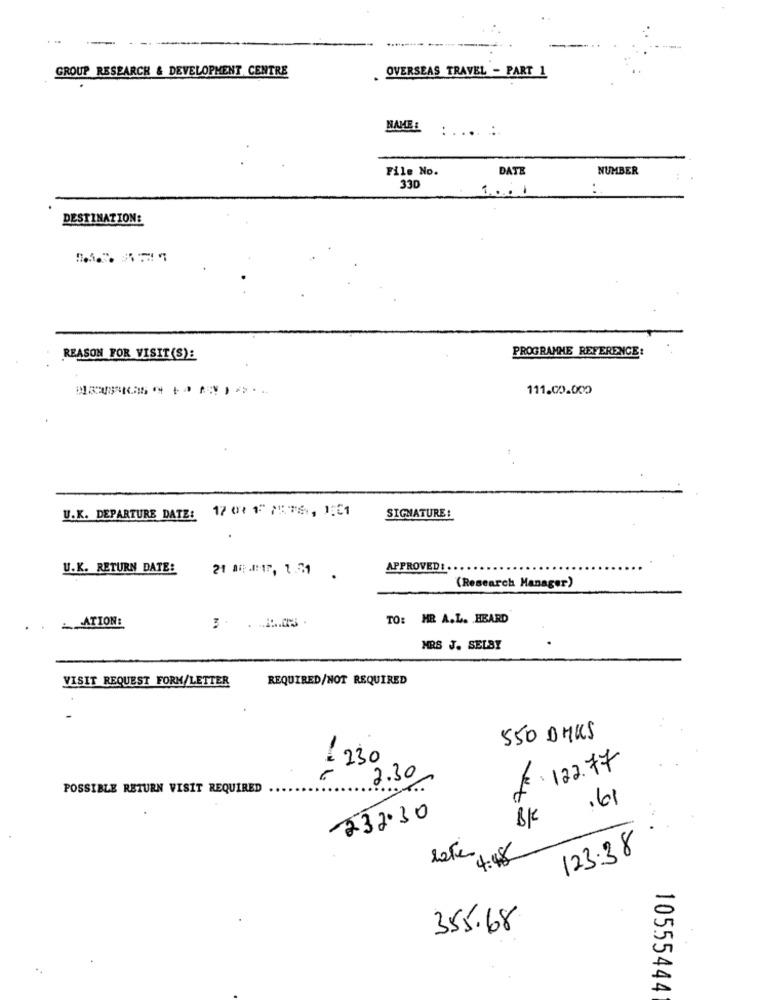
GROUP RESEARCH & DEVELOPMENT CENTRE
OVERSEAS TRAVEL - PART 1
NAME: :. ... .:
File No.
DATE
NUMBER
330
1.1
. .
DESTINAZIONE
PROGRAMME REFERENCE:
REASON FOR VISIT (S):
111.00.000
U.K. DEPARTURE DATE: 17 0 1 /76, 11
SIGNATURE :
U.K. RETURN DATE:
21 #1 4:17, 1.51
APPROVED :.
(Research Manager)
.. ATION:
TO: MR A.L. HEARD
.
MRS J. SELBY
VISIT REQUEST FORM/LETTER
REQUIRED/NOT REQUIRED
550 DHUS
- 230
2.30
€.122.77
POSSIBLE RETURN VISIT REQUIRED
.61
232.30
8K
4:48
123.38
355.68
10555444